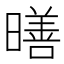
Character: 𪱋